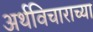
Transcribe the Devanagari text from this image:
अर्थविचाराच्या